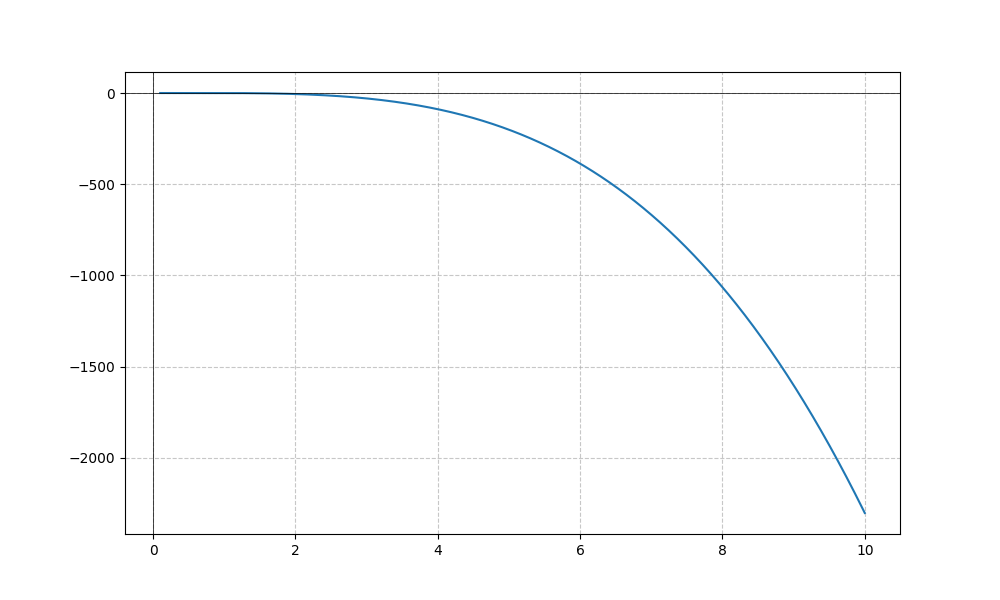
LaTeX formula: - x^{3} \log{\left(x \right)}